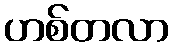
ဟစ်တလာ